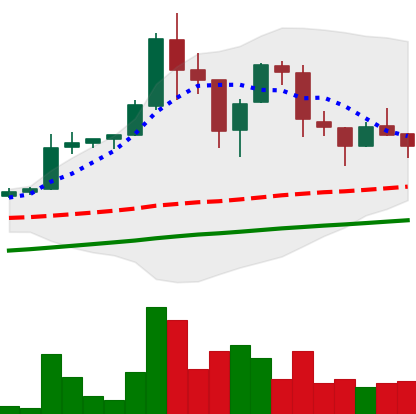
Ticker: LTC-USD
Chart end date: 2017-09-13
Forward return: -10.051%
Label: down_7plus